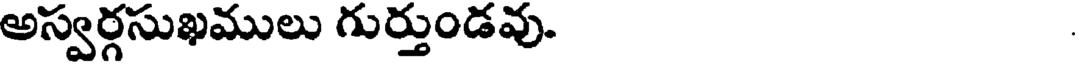
అస్వర్గసుఖములు గుర్తుండవు.